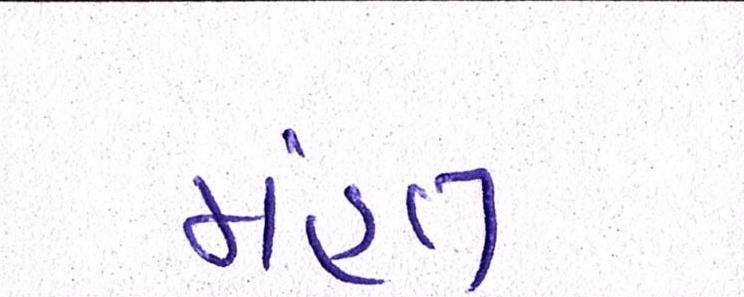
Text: મંહત